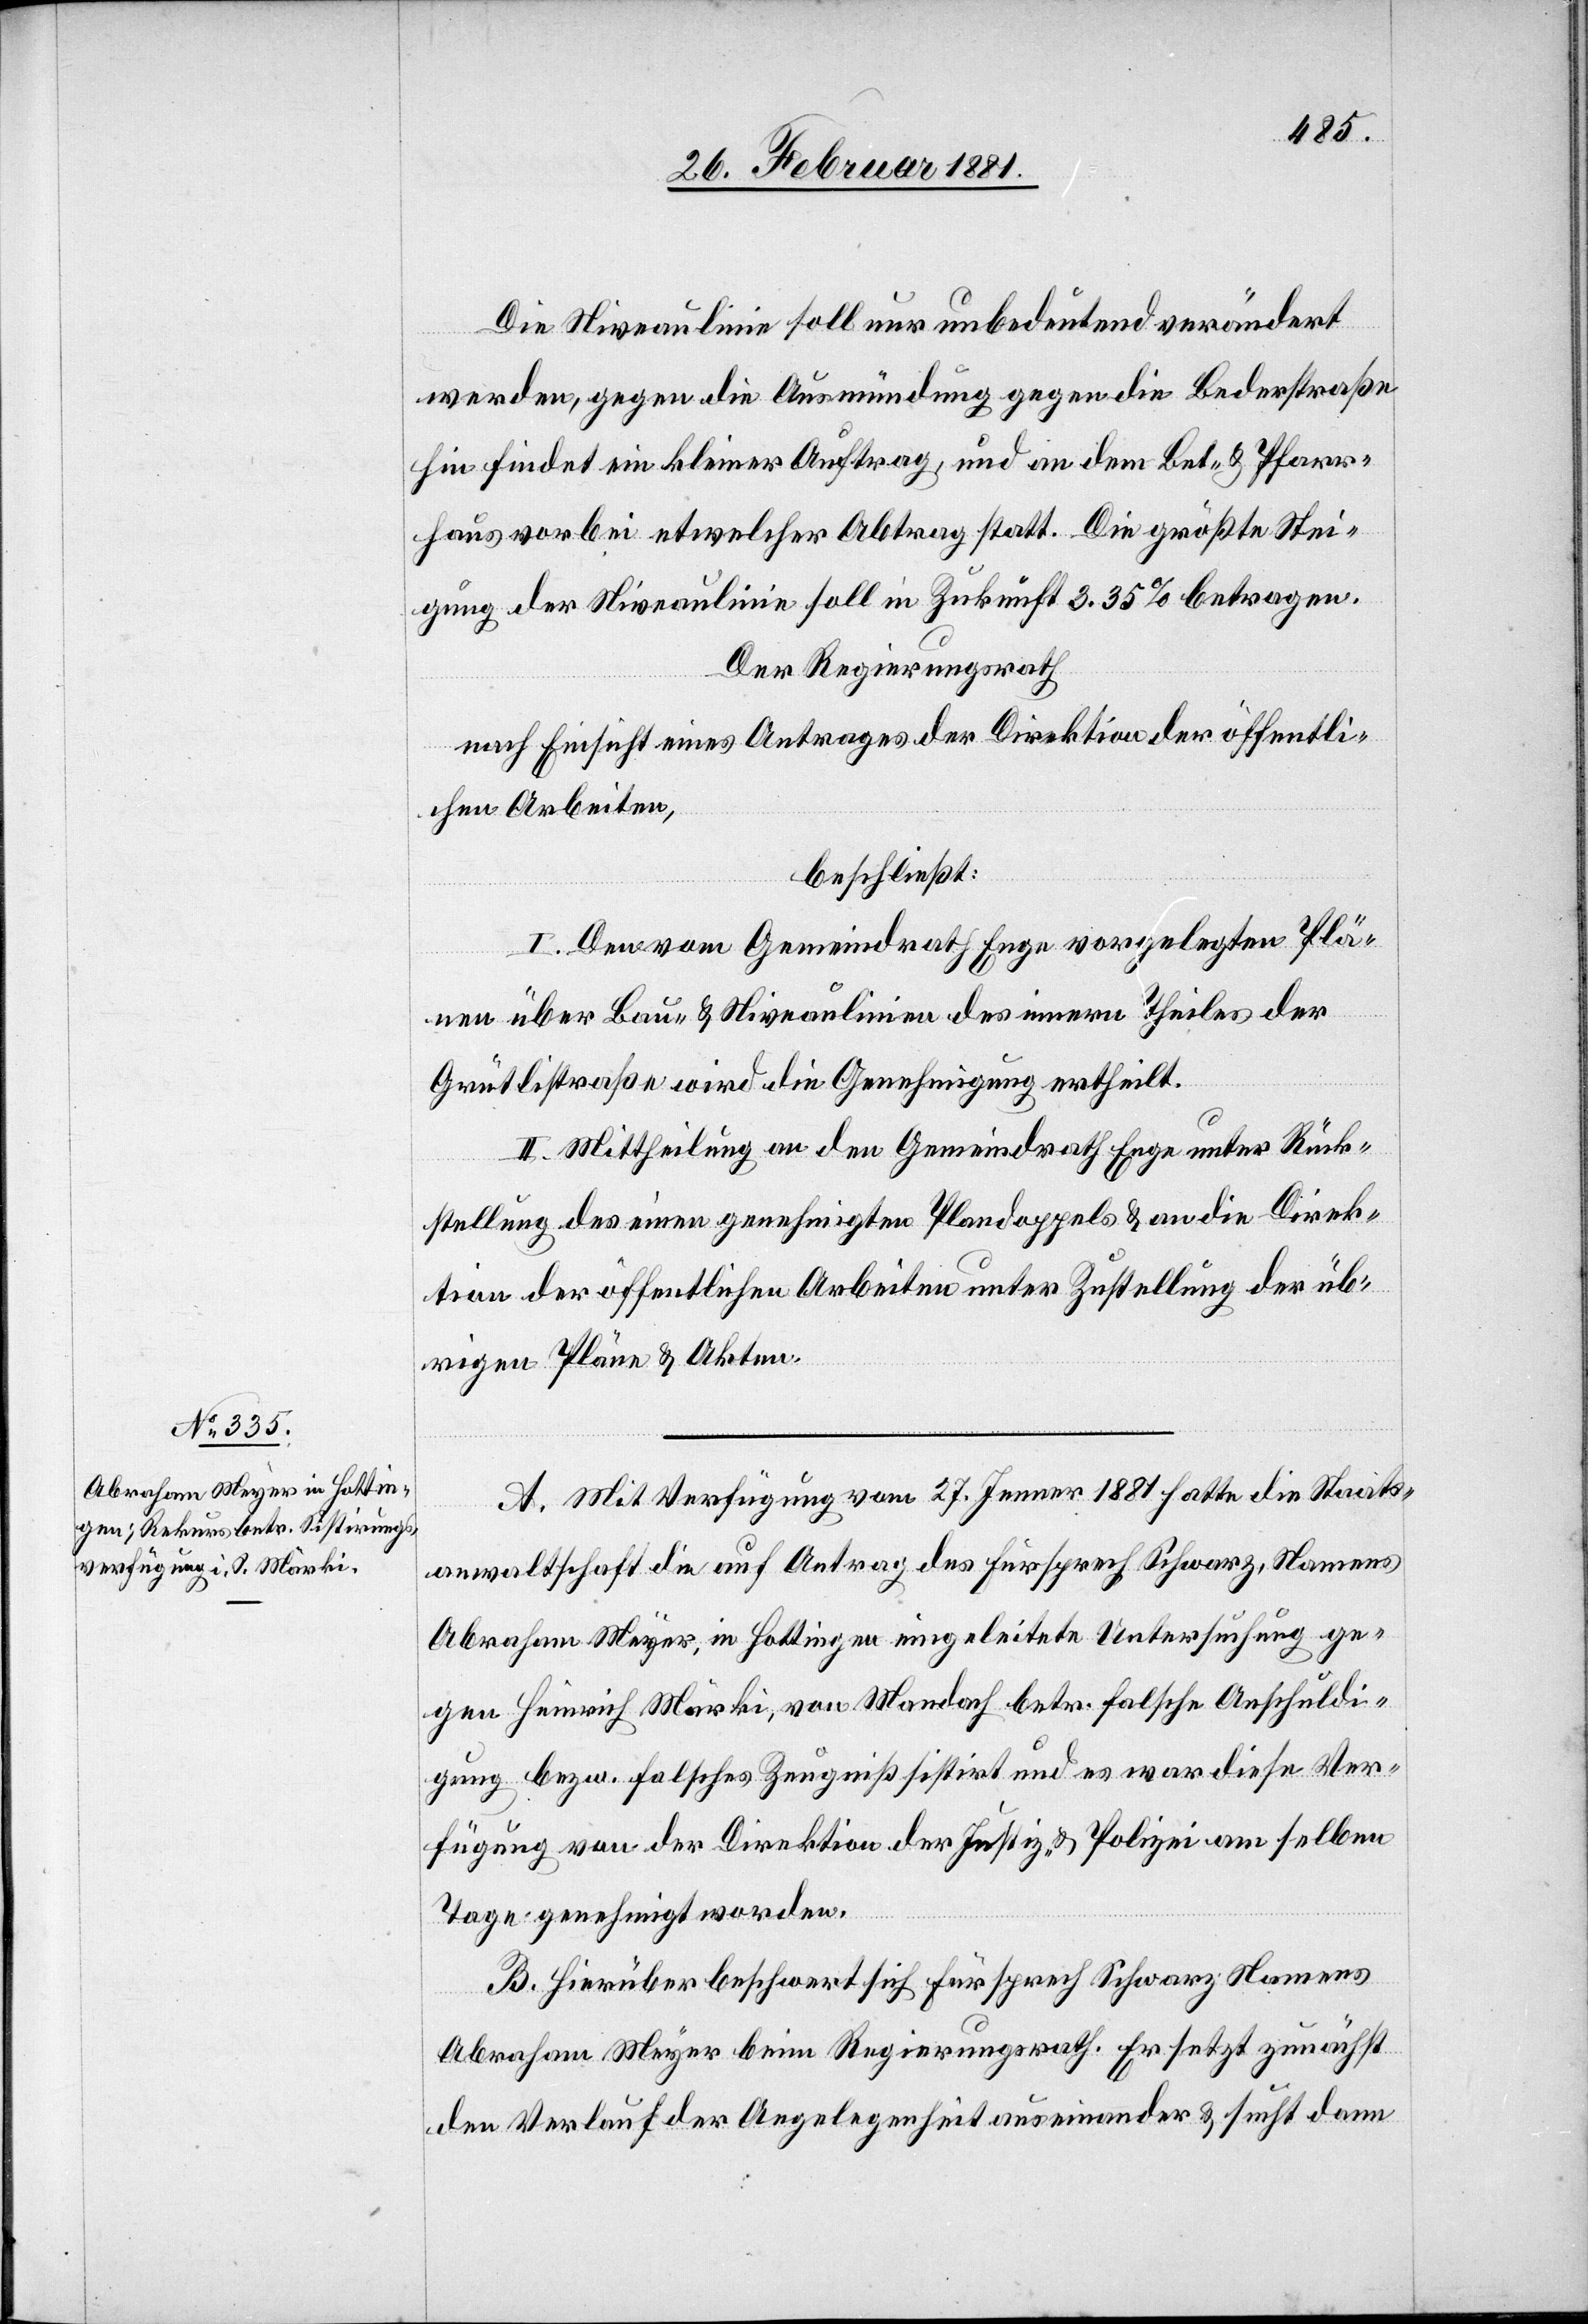
Die Niveaulinie soll nur unbedeutend verändert
werden gegen die Ausmündung gegen die Bederstraße
hin findet ein kleiner Auftrag, und an dem Bet- & Pfarr¬
haus vorbei etwelcher Abtrag statt. Die größte Stei¬
gung der Niveaulinie soll in Zukunft 3.35% betragen.
Der Regierungsrath
nach Einsicht eines Antrages der Direktion der öffentli¬
chen Arbeiten,
beschließt:
I. Den vom Gemeindrath Enge vorgelegten Plä¬
nen über Bau- & Niveaulinien des innern Theiles der
Grütlistraße wird die Genehmigung ertheilt.
II. Mittheilung an den Gemeindrath Enge unter Rück¬
stellung des einen genehmigten Plandoppels & an die Direk¬
tion der öffentlichen Arbeiten unter Zustellung der üb¬
rigen Pläne & Akten.
A. Mit Verfügung vom 27. Jenner 1881 hatte die Staats¬
anwaltschaft die auf Antrag des Fürsprech Schwarz, Namens
Abraham Meyer, in Hottingen eingeleitete Untersuchung ge¬
gen Heinrich Märki, von Mandach betr. falsche Anschuldi¬
gung bezw. falsches Zeugniß sistirt und es war diese Ver¬
fügung von der Direktion der Justiz & Polizei am selben
Tage genehmigt worden.
B. Hierüber beschwert sich Fürsprech Schwarz Namens
Abraham Meyer beim Regierungsrath. Er setzt zunächst
den Verlauf der Angelegenheit auseinander & sucht dann